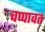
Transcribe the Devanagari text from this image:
चप्पावत